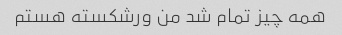
همه چیز تمام شد من ورشکسته هستم